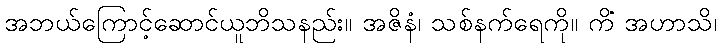
အဘယ်ကြောင့်ဆောင်ယူဘိသနည်း။ အဇိနံ၊ သစ်နက်ရေကို။ ကိံ အဟာသိ၊